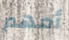
أمهم